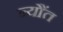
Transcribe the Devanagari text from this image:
न्यौंत